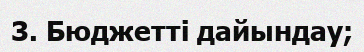
3. Бюджетті дайындау;